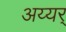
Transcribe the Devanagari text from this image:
अय्यर्